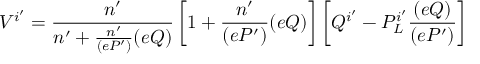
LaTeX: V ^ { i ^ { \prime } } = \frac { n ^ { \prime } } { n ^ { \prime } + \frac { n ^ { \prime } } { ( e { \cal P } ^ { \prime } ) } ( e Q ) } \left[ 1 + \frac { n ^ { \prime } } { ( e { \cal P } ^ { \prime } ) } ( e Q ) \right] \left[ Q ^ { i ^ { \prime } } - { \cal P } _ { L } ^ { i ^ { \prime } } \frac { ( e Q ) } { ( e { \cal P } ^ { \prime } ) } \right]